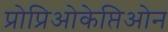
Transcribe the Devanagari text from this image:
प्रोप्रिओकेप्तिओन